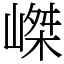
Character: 嵥